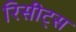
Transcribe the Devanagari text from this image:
रिसीट्स